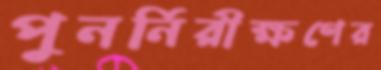
পুনর্নিরীক্ষণের